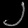
Digit: ၂